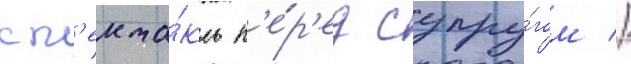
сп'екта́кль п'е́р'ед супру́гом //